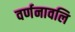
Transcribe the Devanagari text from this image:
वर्णनावलि